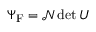
\Psi _ { \mathrm { { F } } } = { \mathcal { N } } \det U